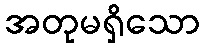
အတုမရှိသော